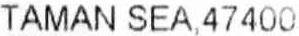
TAMAN SEA,47400